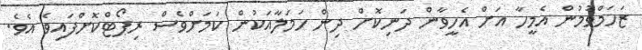
ޒަހަމްވުމުން އެމީހާ އަށް އެހީވާން ދަނިކޮށް ދިން ހަމަލާއަކުން ކަމަށްވެސް ރިޕޯޓްކޮށްފައިވެ އެވެ.